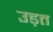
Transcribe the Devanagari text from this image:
उड़त